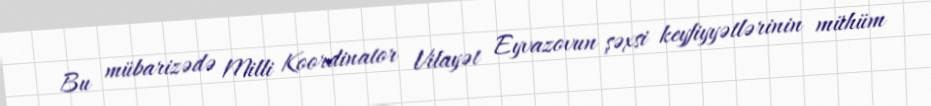
Bu mübarizədə Milli Koordinator Vilayət Eyvazovun şəxsi keyfiyyətlərinin mühüm